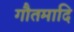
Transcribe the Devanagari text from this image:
गौतमादि